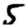
Digit: 5